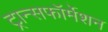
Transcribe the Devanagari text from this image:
ट्रान्सफॉर्मेशन